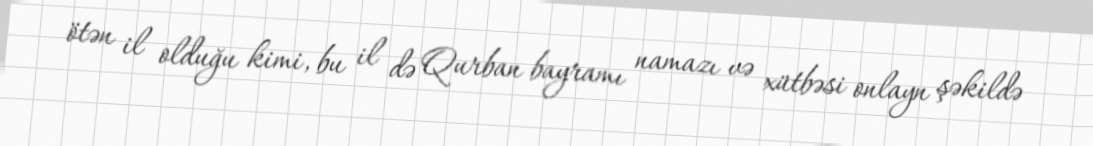
ötən il olduğu kimi, bu il də Qurban bayramı namazı və xütbəsi onlayn şəkildə